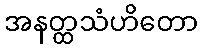
အနတ္ထသံဟိတော